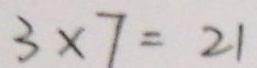
3 \times 7 = 2 1